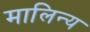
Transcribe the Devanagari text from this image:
मालिन्य